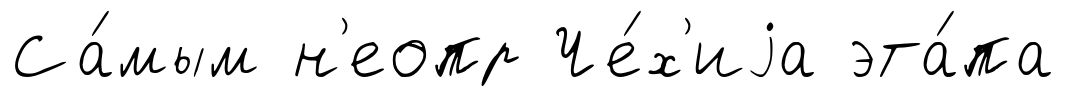
Са́мым н'еопр Че́х'иjа эта́па